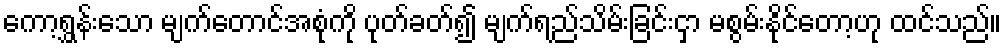
ကော့ရွှန်းသော မျက်တောင်အစုံကို ပုတ်ခတ်၍ မျက်ရည်သိမ်းခြင်းငှာ မစွမ်းနိုင်တော့ဟု ထင်သည်။